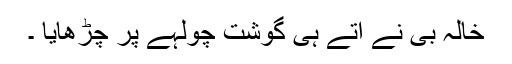
خالہ بی نے آتے ہی گوشت چولہے پر چڑھایا ۔